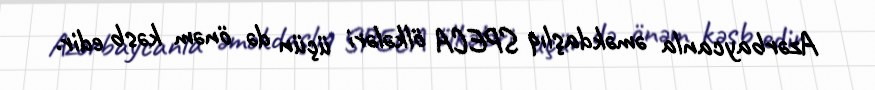
Azərbaycanla əməkdaşlıq SPECA ölkələri üçün də önəm kəsb edir.